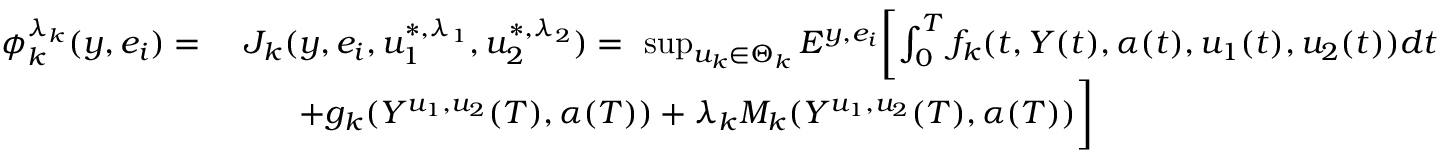
\begin{array} { r l } { \phi _ { k } ^ { \lambda _ { k } } ( y , e _ { i } ) = } & { \ J _ { k } ( y , e _ { i } , u _ { 1 } ^ { * , \lambda _ { 1 } } , u _ { 2 } ^ { * , \lambda _ { 2 } } ) = \ \operatorname* { s u p } _ { u _ { k } \in \Theta _ { k } } E ^ { y , e _ { i } } \biggl [ \int _ { 0 } ^ { T } f _ { k } ( t , Y ( t ) , \alpha ( t ) , u _ { 1 } ( t ) , u _ { 2 } ( t ) ) d t } \\ & { \qquad + g _ { k } ( Y ^ { u _ { 1 } , u _ { 2 } } ( T ) , \alpha ( T ) ) + \lambda _ { k } M _ { k } ( Y ^ { u _ { 1 } , u _ { 2 } } ( T ) , \alpha ( T ) ) \biggr ] } \end{array}